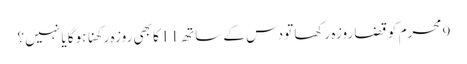
9 محرم کو قضا روزہ رکھا تو دس کے ساتھ 11 کا بھی روزہ رکھنا ہوگا یا نہیں ؟